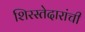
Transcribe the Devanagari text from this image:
शिरस्तेदारांची